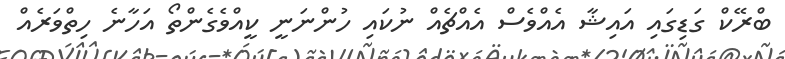
ބްރޭކް ގަޑިގައި އައިޝާ އެއްވެސް އެއްޗެއް ނުކައި ހުންނަނީ ކީއްވެގެންތޯ އަހާނެ ހިތްވަރެއް